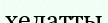
хелатты